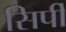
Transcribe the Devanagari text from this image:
सिर्पी